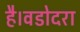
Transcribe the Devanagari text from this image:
है।वडोदरा